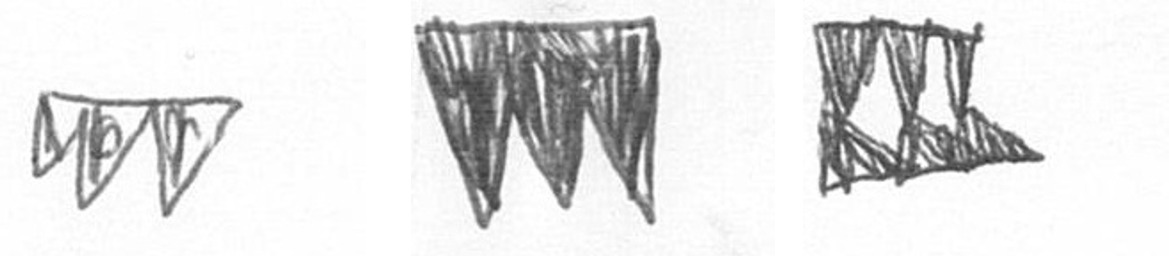
L L D